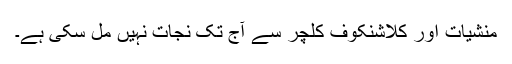
منشیات اور کلاشنکوف کلچر سے آج تک نجات نہیں مل سکی ہے۔